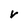
Character: v